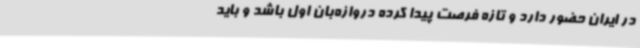
در ایران حضور دارد و تازه فرصت پیدا کرده دروازه‌بان اول باشد و باید